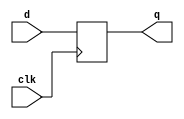
`timescale 1ns / 1ps
//////////////////////////////////////////////////////////////////////////////////
// Company: 
// Engineer: 
// 
// Design Name: 
// Module Name: d_ff
// Project Name: 
// Target Devices: 
// Tool Versions: 
// Description: 
// 
// Dependencies: 
// 
// Revision:
// Revision 0.01 - File Created
// Additional Comments:
// 
//////////////////////////////////////////////////////////////////////////////////


module d_ff(
    input clk,
    input d,
    output reg q
    );
    
    //Always block activated when clk changes from 0 to 1, on rising edge
    //d is not included in sensitivity list, only sampled on rising edge
    always @(posedge clk)
        q <= d;
    
endmodule